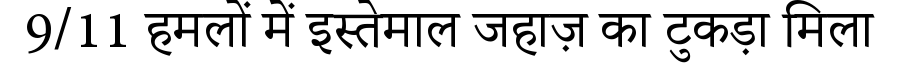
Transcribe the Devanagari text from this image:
9/11 हमलों में इस्तेमाल जहाज़ का टुकड़ा मिला